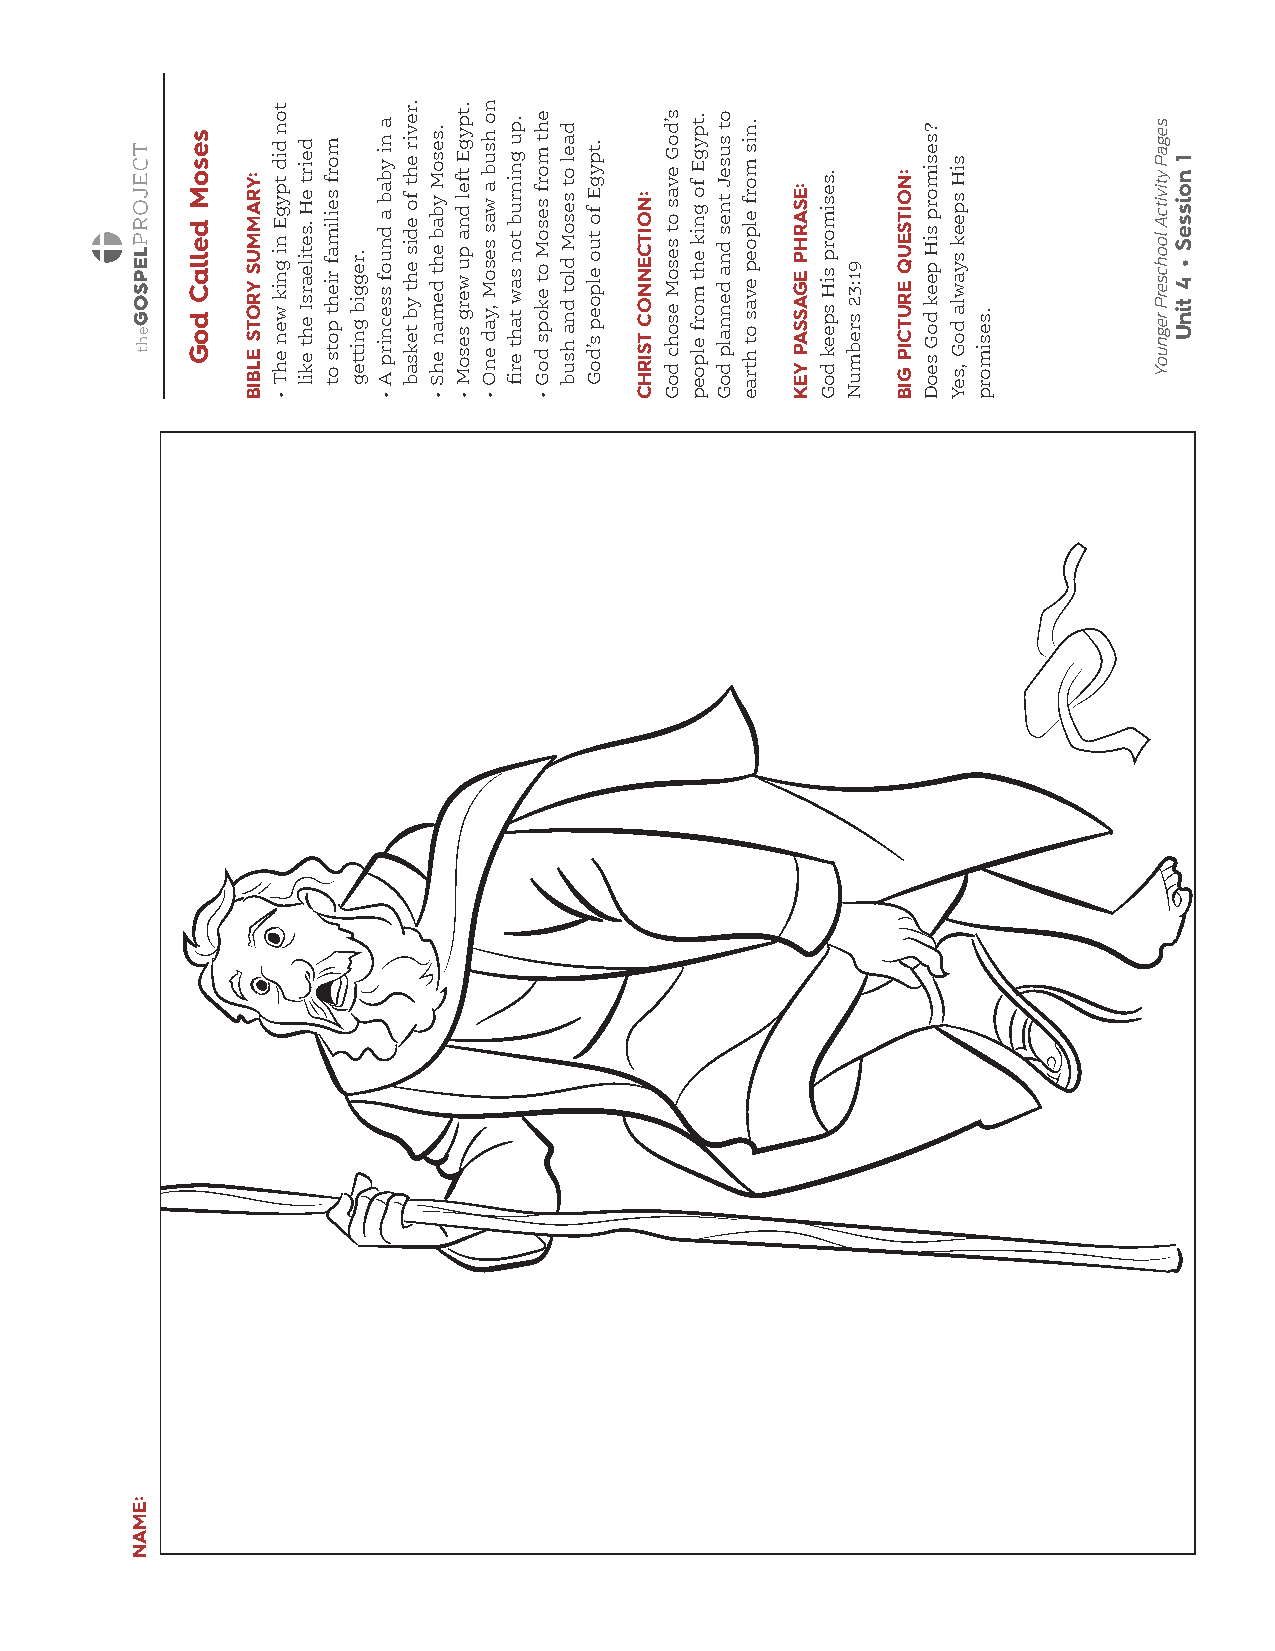
:EMAN
 sesoM
 dellaC
 doG
 :YRAMMUS YROTS
 ELBIB
 ton
 did
 tpygE ni gnik
 wen
 ehT
 •
 deirt
 eH .setilearsI
 eht
 ekil
 morf
 seilimaf rieht
 pots
 ot
 .reggib
 gnitteg
 a ni
 ybab
 a dnuof ssecnirp
 A
 •
 .revir
 eht
 fo edis eht
 yb teksab
 .sesoM
 ybab eht deman
 ehS
 •
 .tpygE
 tfel dna pu werg
 sesoM
 •
 no
 hsub
 a was sesoM
 ,yad
 enO
 •
 .pu
 gninrub
 ton saw
 taht
 erfi
 eht
 morf
 sesoM ot ekops
 doG
 •
 dael
 ot sesoM dlot
 dna hsub
 .tpygE
 fo tuo elpoep
 s’doG
 :NOITCENNOC
 TSIRHC
 s’doG
 evas ot sesoM
 esohc
 doG
 .tpygE
 fo gnik eht morf
 elpoep
 ot suseJ
 tnes dna dennalp
 doG
 .nis
 morf
 elpoep evas
 ot
 htrae
 :ESARHP EGASSAP
 YEK
 .sesimorp siH
 speek
 doG
 91:32
 srebmuN
 :NOITSEUQ ERUTCIP
 GIB
 ?sesimorp
 siH peek
 doG
 seoD
 siH
 speek syawla
 doG
 ,seY
 .sesimorp
 segaP
 ytivitcA loohcserP
 regnuoY
 1
 noisseS • 4
 tinU